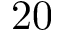
2 0